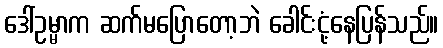
ဒေါ်ဥမ္မာက ဆက်မပြောတော့ဘဲ ခေါင်းငုံ့နေပြန်သည်။